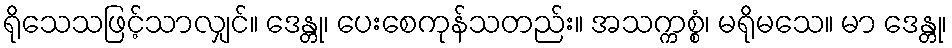
ရိုသေသဖြင့်သာလျှင်။ ဒေန္တု၊ ပေးစေကုန်သတည်း။ အသက္ကစ္စံ၊ မရိုမသေ။ မာ ဒေန္တု၊